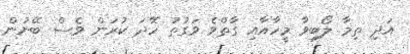
އަދި ތިމާ ލޯބިވާ މީހާއާއި ގާތްވެ ވަގުތު ހޭދަ ކުރަން ވެސް ބޭނުން